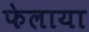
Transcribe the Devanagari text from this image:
फेलाया